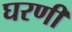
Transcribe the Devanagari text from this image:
घरणी